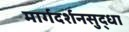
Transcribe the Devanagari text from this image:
मार्गदर्शनसुद्धा